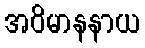
အဝိမာနနာယ